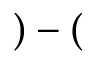
) - (